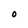
Character: O